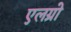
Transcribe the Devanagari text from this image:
एलग्रो